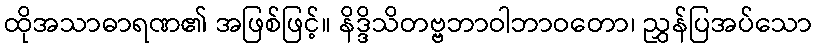
ထိုအသာဓာရဏ၏ အဖြစ်ဖြင့်။ နိဒ္ဒိသိတဗ္ဗဘာဝါဘာဝတော၊ ညွှန်ပြအပ်သော